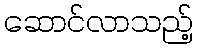
ဆောင်လာသည့်